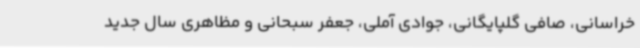
خراسانی، صافی گلپایگانی، جوادی آملی، جعفر سبحانی و مظاهری سال جدید